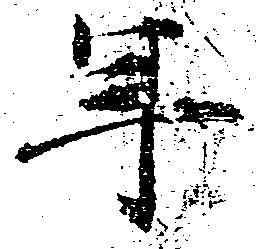
年